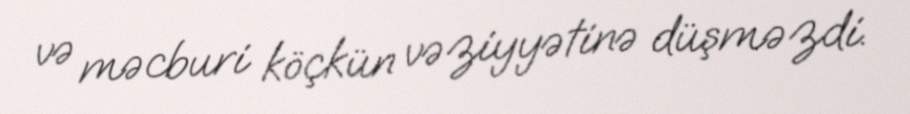
və məcburi köçkün vəziyyətinə düşməzdi.